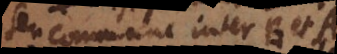
seu commune inter B et A